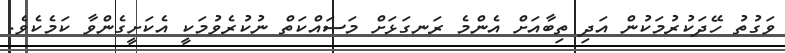
ވަގުތު ހޭދަކުރުމަކުން އަދި ތިބާއަށް އެންމެ ރަނގަޅަށް މަސައްކަތް ނުކުރެވުމަކީ އެކަށީގެންވާ ކަމެކެވެ.